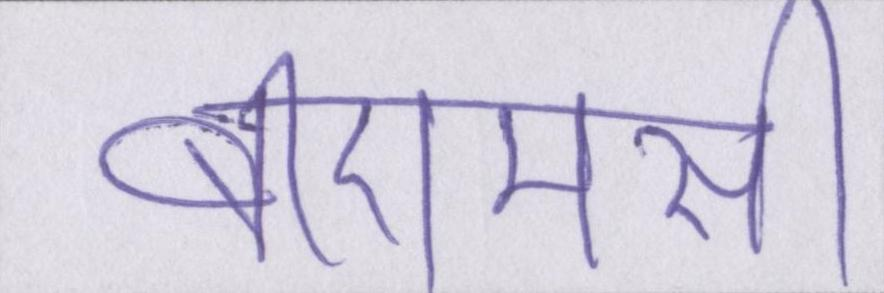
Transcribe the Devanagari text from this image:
बीएमसी